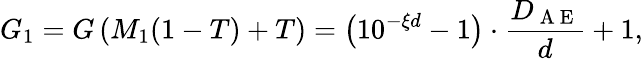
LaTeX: G_{1}=G\left(M_{1}(1-T)+T\right)=\left(10^{-\xi d}-1\right)\cdot\frac{D_{\mathrm{~A~E~}}}{d}+1,